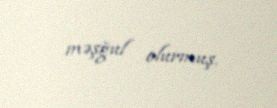
məşğul olurmuş.